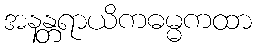
အနန္တရာယိကဓမ္မကထာ